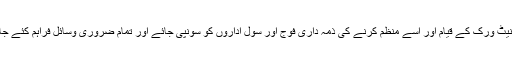
اس نیٹ ورک کے قیام اور اسے منظم کرنے کی ذمہ داری فوج اور سول اداروں کو سونپی جائے اور تمام ضروری وسائل فراہم کئے جائیں۔